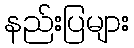
နည်းပြများ